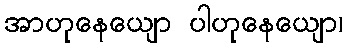
အာဟုနေယျော ပါဟုနေယျော၊